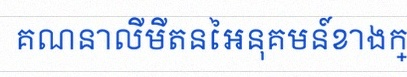
គណនាលីមីតនៃអនុគមន៍ខាងក្រោម